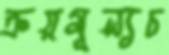
ক্রয়মূল্যচ